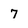
Character: 7